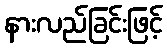
နားလည်ခြင်းဖြင့်